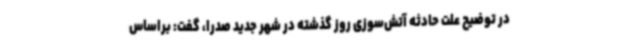
در توضیح علت حادثه آتش‌سوزی روز گذشته در شهر جدید صدرا، گفت: براساس